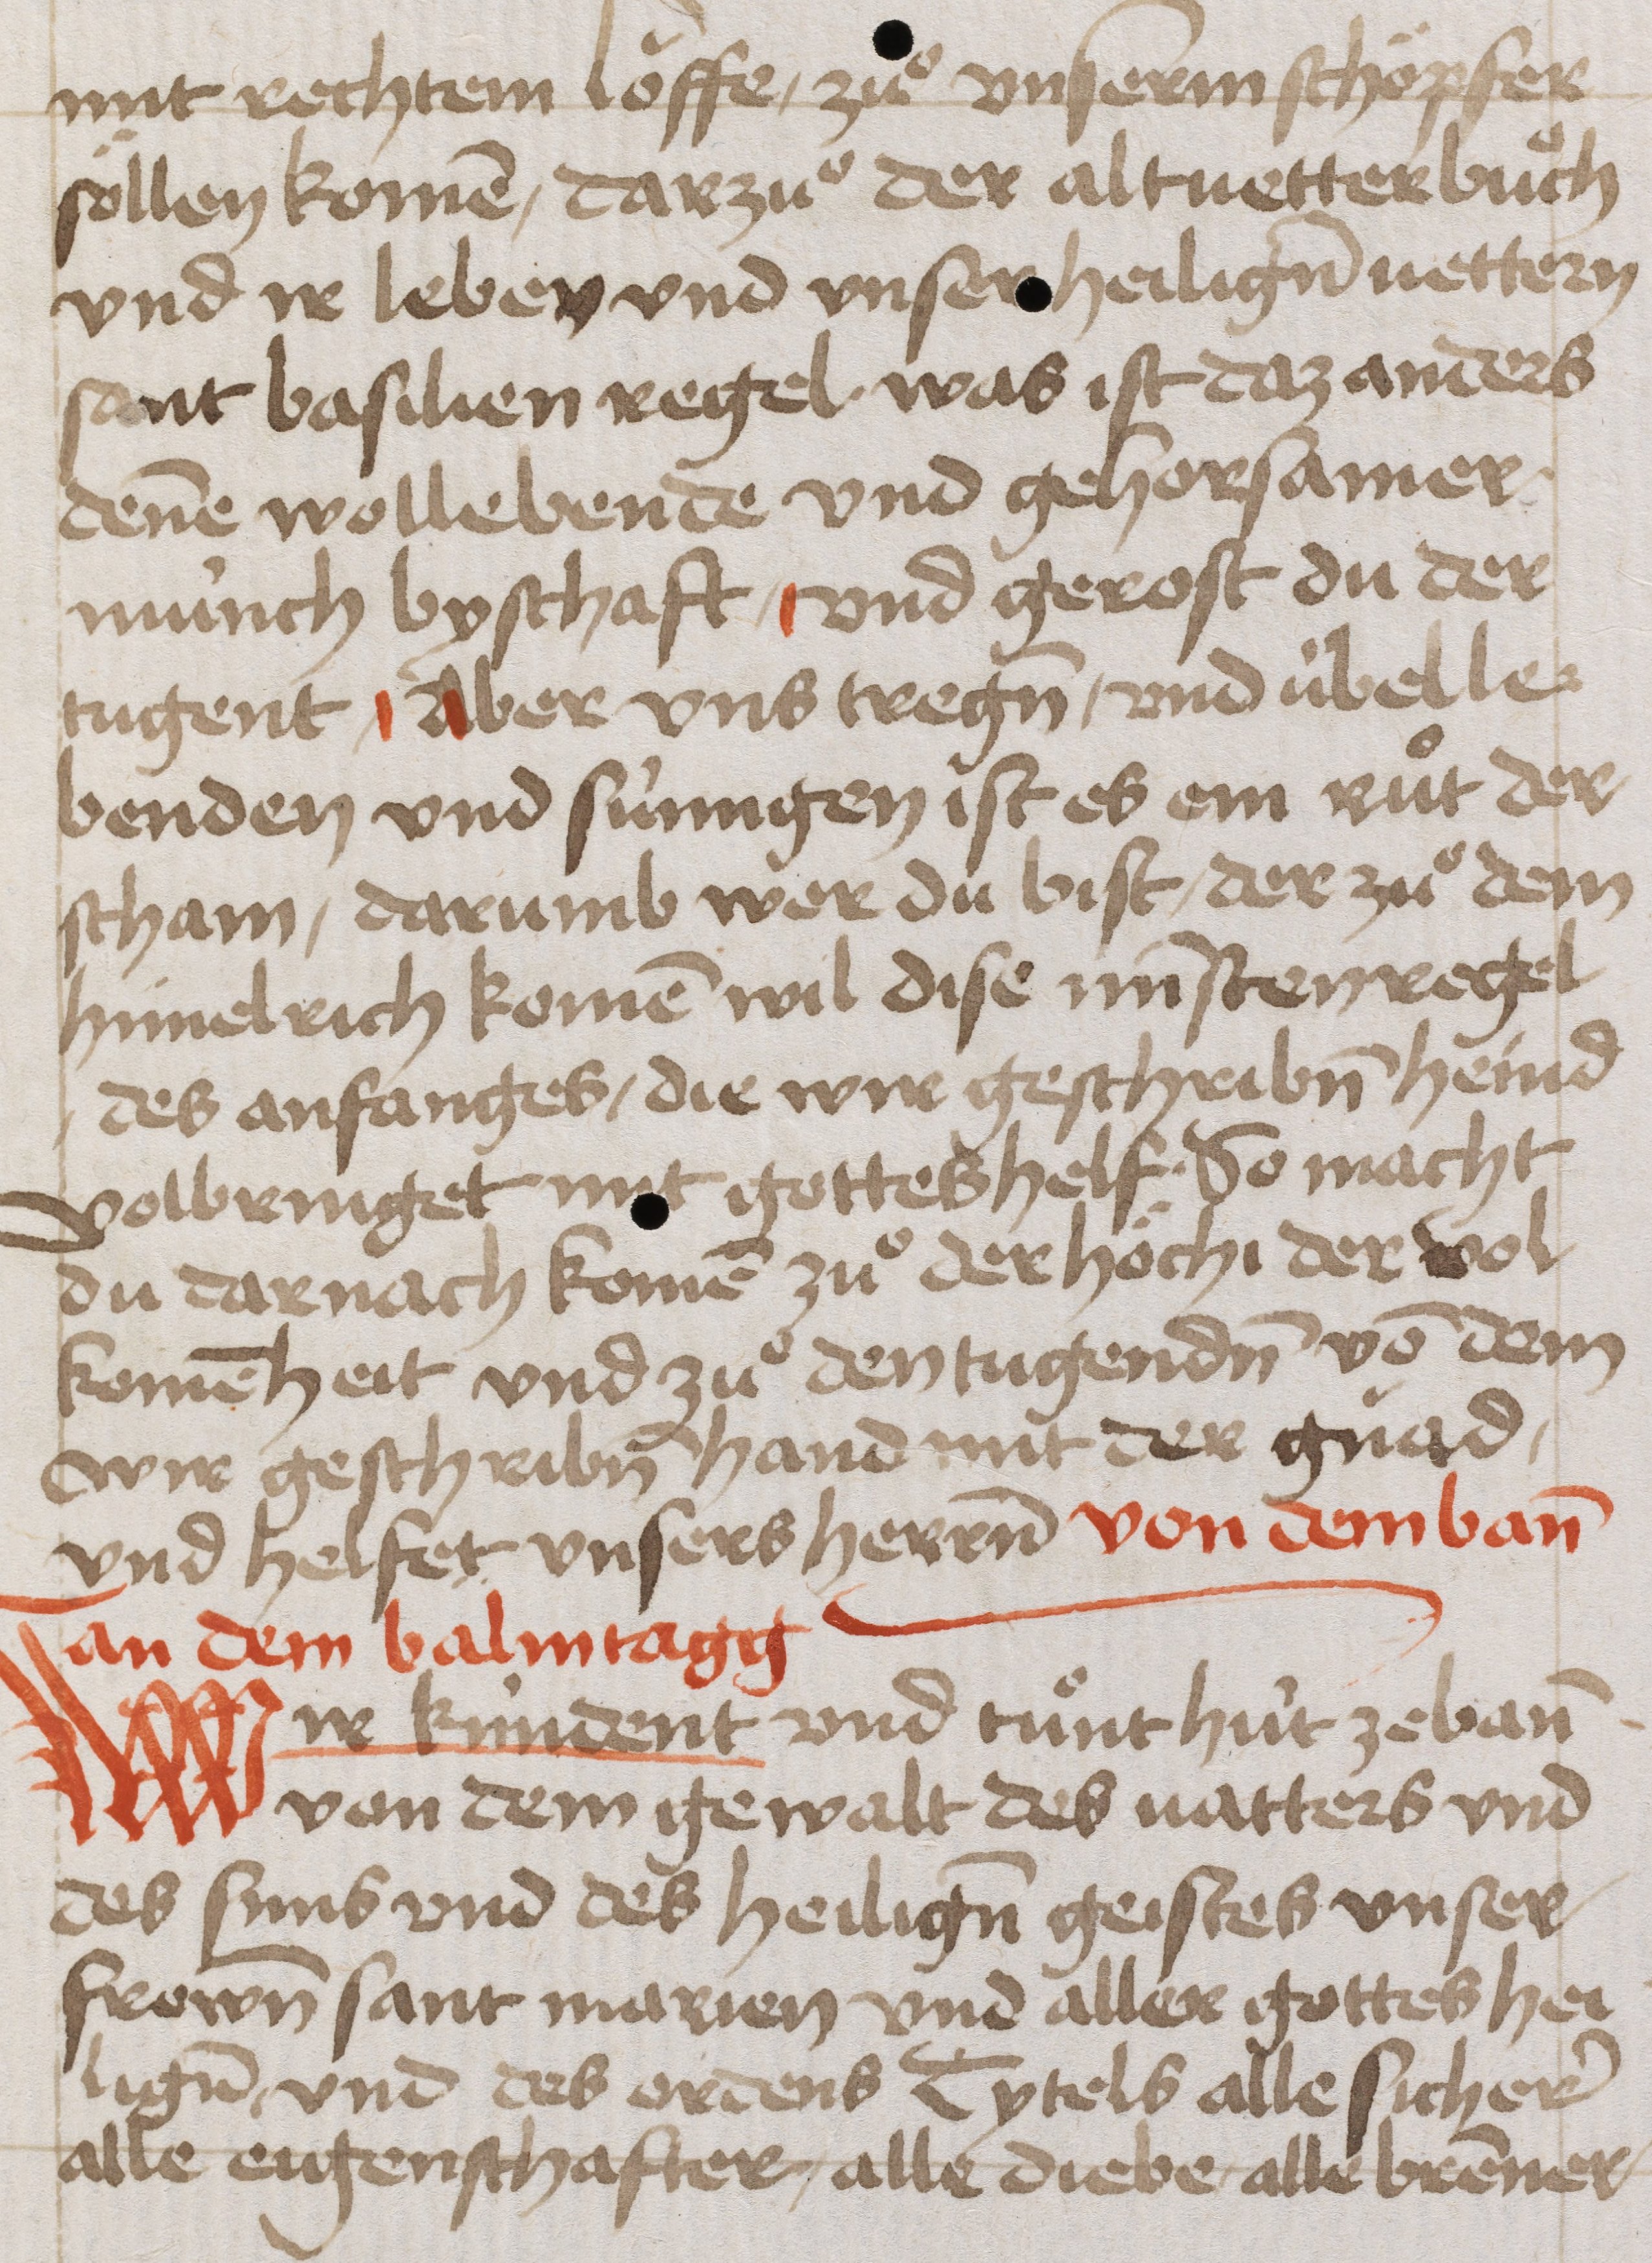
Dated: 1400–1499